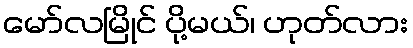
မော်လမြိုင် ပို့မယ်၊ ဟုတ်လား